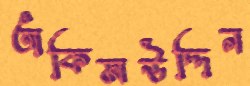
অকিমউদ্দিন